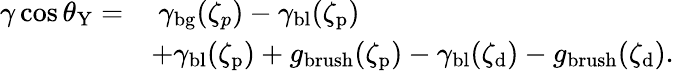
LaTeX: \begin{array}{rl}{\gamma\cos\theta_{\mathrm{Y}}=}&{\ \gamma_{\mathrm{bg}}(\zeta_{p})-\gamma_{\mathrm{bl}}(\zeta_{\mathrm{p}})}\\ &{+\gamma_{\mathrm{bl}}(\zeta_{\mathrm{p}})+g_{\mathrm{brush}}(\zeta_{\mathrm{p}})-\gamma_{\mathrm{bl}}(\zeta_{\mathrm{d}})-g_{\mathrm{brush}}(\zeta_{\mathrm{d}}).}\end{array}